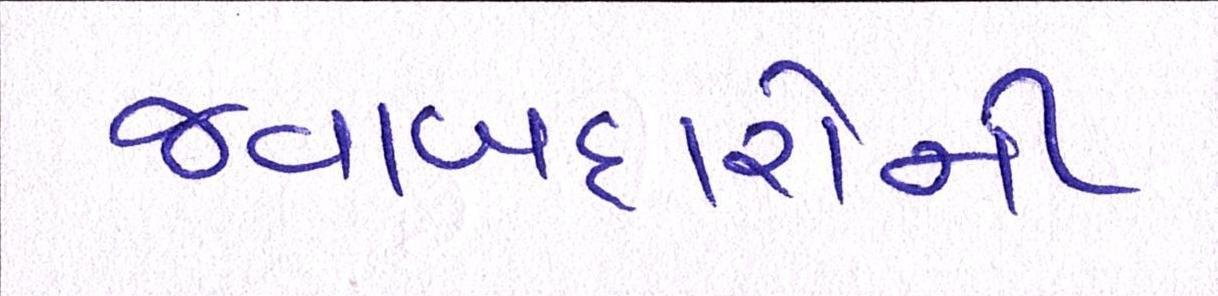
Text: જવાબદારોની